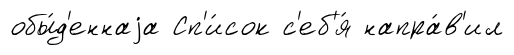
обы́д'еннаjа Сп'и́сок с'еб'я́ напра́в'ил